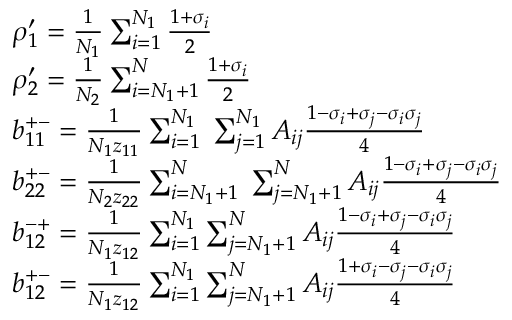
\begin{array} { r l } & { \rho _ { 1 } ^ { \prime } = \frac { 1 } { N _ { 1 } } \sum _ { i = 1 } ^ { N _ { 1 } } \frac { 1 + \sigma _ { i } } { 2 } } \\ & { \rho _ { 2 } ^ { \prime } = \frac { 1 } { N _ { 2 } } \sum _ { i = N _ { 1 } + 1 } ^ { N } \frac { 1 + \sigma _ { i } } { 2 } } \\ & { b _ { 1 1 } ^ { + - } = \frac { 1 } { N _ { 1 } z _ { 1 1 } } \sum _ { i = 1 } ^ { N _ { 1 } } \; \sum _ { j = 1 } ^ { N _ { 1 } } A _ { i j } \frac { 1 - \sigma _ { i } + \sigma _ { j } - \sigma _ { i } \sigma _ { j } } { 4 } } \\ & { b _ { 2 2 } ^ { + - } = \frac { 1 } { N _ { 2 } z _ { 2 2 } } \sum _ { i = N _ { 1 } + 1 } ^ { N } \; \sum _ { j = N _ { 1 } + 1 } ^ { N } A _ { i j } \frac { 1 - \sigma _ { i } + \sigma _ { j } - \sigma _ { i } \sigma _ { j } } { 4 } } \\ & { b _ { 1 2 } ^ { - + } = \frac { 1 } { N _ { 1 } z _ { 1 2 } } \sum _ { i = 1 } ^ { N _ { 1 } } \sum _ { j = N _ { 1 } + 1 } ^ { N } A _ { i j } \frac { 1 - \sigma _ { i } + \sigma _ { j } - \sigma _ { i } \sigma _ { j } } { 4 } } \\ & { b _ { 1 2 } ^ { + - } = \frac { 1 } { N _ { 1 } z _ { 1 2 } } \sum _ { i = 1 } ^ { N _ { 1 } } \sum _ { j = N _ { 1 } + 1 } ^ { N } A _ { i j } \frac { 1 + \sigma _ { i } - \sigma _ { j } - \sigma _ { i } \sigma _ { j } } { 4 } } \end{array}